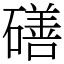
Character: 磰